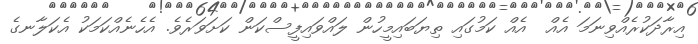
އިރާދަކުރެއްވިނަމަ އެއް  އެއް ކަމުގައި ތިޔަބައިމީހުން ލައްވައިފީސްކަން ކަށަވަރެވެ. އެހެނެއްކަމަކު އެކަލާނގެ